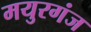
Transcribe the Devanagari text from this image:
मयुरगंज